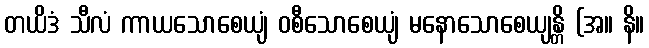
တယိဒံ သီလံ ကာယသောစေယျံ ဝစီသောစေယျံ မနောသောစေယျန္တိ (အ။ နိ။